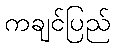
ကချင်ပြည်